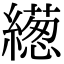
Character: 繱